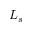
L _ { s }